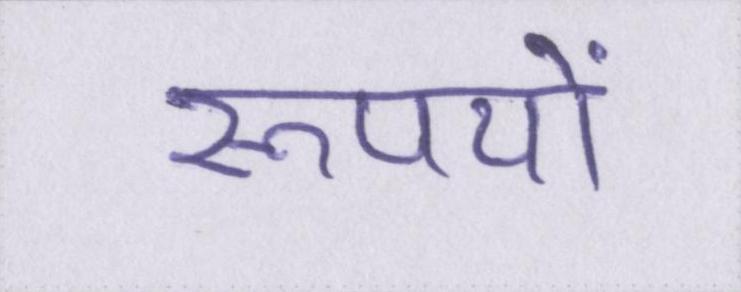
रूपयों